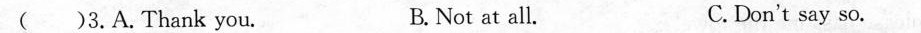
( )3.A.Thank you. B. Not at all. C.Don't say so.